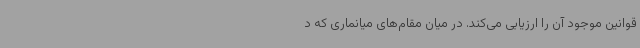
قوانین موجود آن را ارزیابی می‌کند. در میان مقام‌های میانماری که د